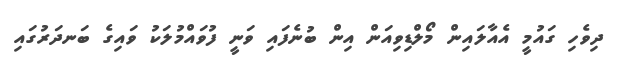
ދިވެހި ގައުމީ އެއާލައިން މޯލްޑިވިއަން އިން ބުނެފައި ވަނީ ފުވައްމުލަކު ވައިގެ ބަނދަރުގައި